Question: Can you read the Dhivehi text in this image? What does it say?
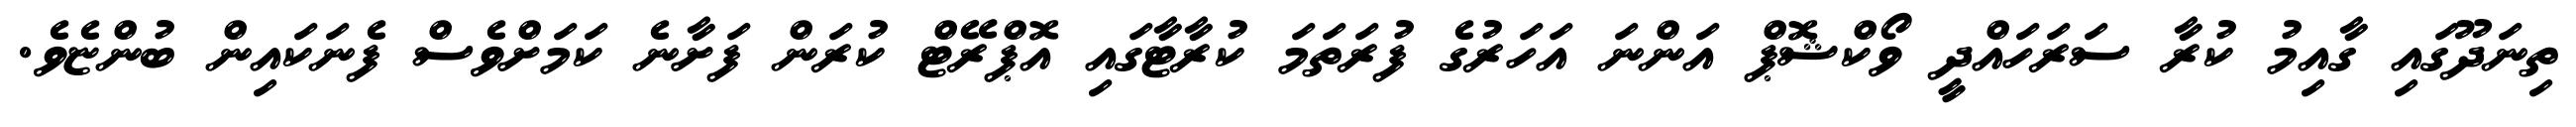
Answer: ތިނަދޫގައި ގާއިމު ކުރާ ސަރަހައްދީ ވޯކްޝޮޕް އަންނަ އަހަރުގެ ފުރަތަމަ ކުރާޓާގައި އޮޕްރޭޓް ކުރަން ފަށާނެ ކަމަށްވެސް ފެނަކައިން ބުންޏެވެ.